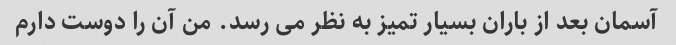
آسمان بعد از باران بسیار تمیز به نظر می رسد. من آن را دوست دارم